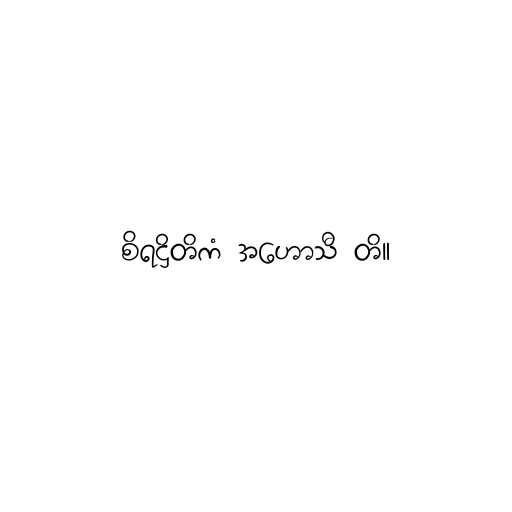
စိရဋ္ဌိတိကံ အဟောသီ တိ။